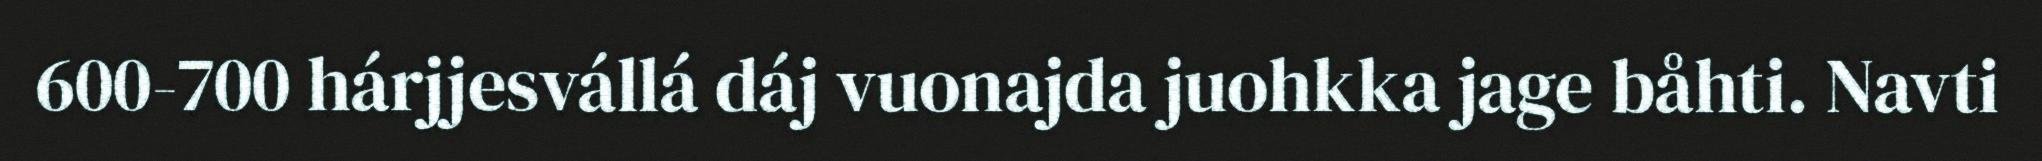
600-700 hárjjesvállá dáj vuonajda juohkka jage båhti. Navti